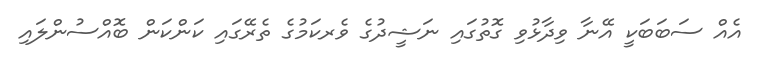
އެއް ސަބަބަކީ އޭނާ ވިދާޅުވި ގޮތުގައި ނަޝީދުގެ ވެރކަމުގެ ތެރޭގައި ކަންކަން ބޮއްސުންލައި